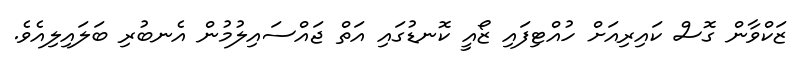
ޒަކްވާން ގޮސް ކައިރިއަށް ހުއްޓިފައި ޒޯއީ ކޮނޑުގައި އަތް ޖައްސައިލުމުން އެނބުރި ބަލައިލިއެވެ.